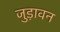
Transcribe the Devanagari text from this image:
जुड़ावन